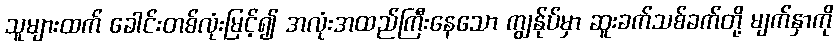
သူများထက် ခေါင်းတစ်လုံးမြင့်၍ အလုံးအထည်ကြီးနေသော ကျွန်ုပ်မှာ ဆူးခက်သစ်ခက်တို့ မျက်နှာကို